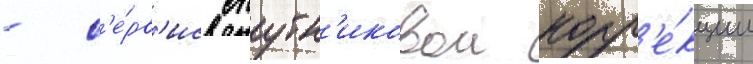
- с'е́рв'ис спутн'иковои корр'е́кции